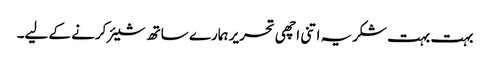
بہت بہت شکریہ اتنی اچھی تحریر ہمارے ساتھ شیئر کرنے کے لیے۔